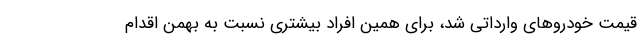
قیمت خودروهای وارداتی شد، برای همین افراد بیشتری نسبت به بهمن اقدام